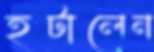
হটালেন